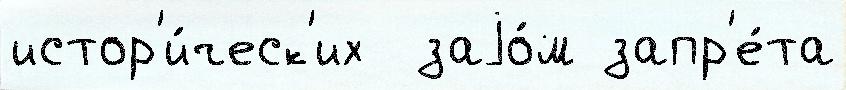
истор'и́ческ'их  заjо́м запр'е́та